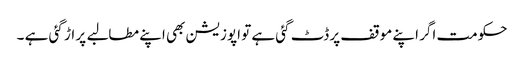
حکومت اگر اپنے موقف پر ڈٹ گئی ہے تو اپوزیشن بھی اپنے مطالبے پر اڑ گئی ہے ۔